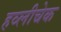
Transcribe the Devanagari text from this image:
हव्लीचेक